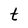
Character: t